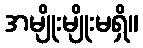
အမျိုးမျိုးမရှိ။